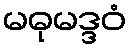
မဓုမဒ္ဒဝံ